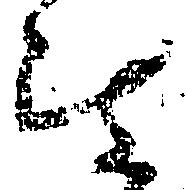
被